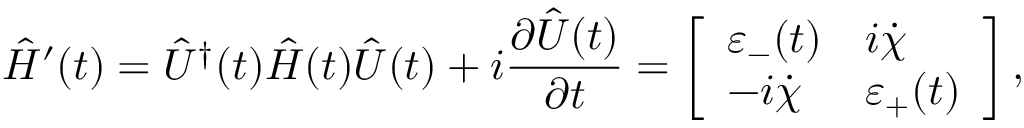
\hat { H } ^ { \prime } ( t ) = { \hat { U } } ^ { \dagger } ( t ) \hat { H } ( t ) \hat { U } ( t ) + i \frac { \partial \hat { U } ( t ) } { \partial t } = \left[ \begin{array} { l l } { \varepsilon _ { - } ( t ) } & { i \dot { \chi } } \\ { - i \dot { \chi } } & { \varepsilon _ { + } ( t ) } \end{array} \right] ,